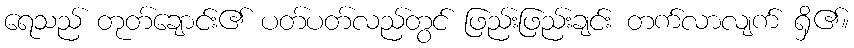
ရေသည် တုတ်ချောင်း၏ ပတ်ပတ်လည်တွင် ဖြည်းဖြည်းချင်း တက်လာလျက် ရှိ၏။